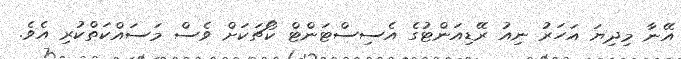
އޭނާ މިދިޔަ އަހަރު ނިއު ރޭޑިއަންޓުގެ އެސިސްޓަންޓް ކޯޗަކަށް ވެސް މަސައްކަތްކުރި އެވެ.